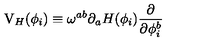
\mathrm { V } _ { H } ( \phi _ { i } ) \equiv \omega ^ { a b } \partial _ { a } H ( \phi _ { i } ) \frac { \partial } { \partial \phi _ { i } ^ { b } }